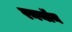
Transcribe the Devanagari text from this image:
रनयॉन